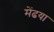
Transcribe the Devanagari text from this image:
मेंढया